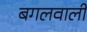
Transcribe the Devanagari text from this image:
बगलवाली